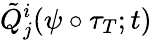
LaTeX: \tilde{Q}_{j}^{i}(\psi\circ\tau_{T};t)